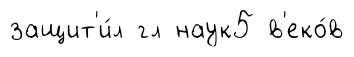
защит'и́л гл наук5 в'еко́в